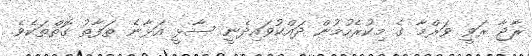
ރާޖާ ރަވީ ވަރްމާ ގެ މިކުރެހުމުން ދައްކުވައިދެނީ ސާޅީ އަޅާނެ ތަފާތު ގޮތްތަކެވެ.